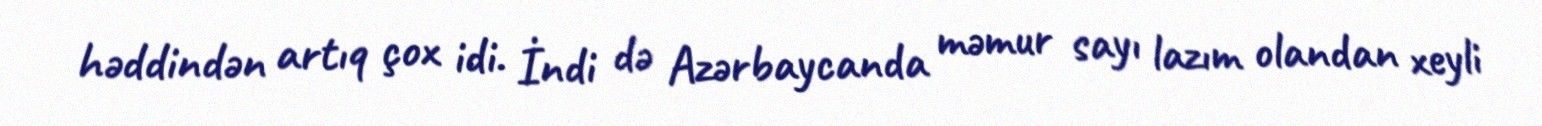
həddindən artıq çox idi. İndi də Azərbaycanda məmur sayı lazım olandan xeyli